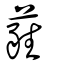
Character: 蕤